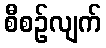
စီစဉ်လျက်